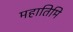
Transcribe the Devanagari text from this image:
महातिमि